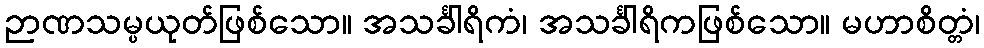
ဉာဏသမ္ပယုတ်ဖြစ်သော။ အသင်္ခါရိကံ၊ အသင်္ခါရိကဖြစ်သော။ မဟာစိတ္တံ၊